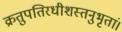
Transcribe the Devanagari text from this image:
क्रतुपतिरधीशस्तनुभृतां।